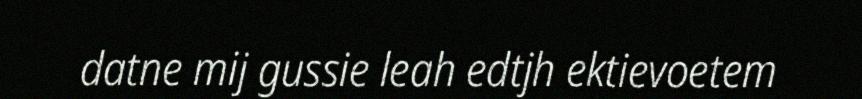
datne mij gussie leah edtjh ektievoetem